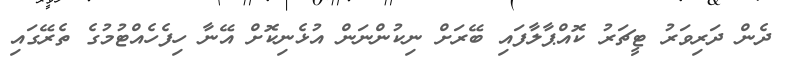
ދެން ދަރިވަރު ޓީޗަރު ކޮއްޕާލާފައި ބޭރަށް ނިކުންނަން އުޅެނިކޮށް އޭނާ ހިފެހެއްޓުމުގެ ތެރޭގައި